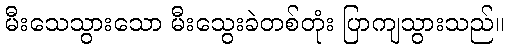
မီးသေသွားသော မီးသွေးခဲတစ်တုံး ပြာကျသွားသည်။